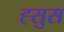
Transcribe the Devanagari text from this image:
ह्सुस